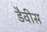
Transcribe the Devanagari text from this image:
डैवीस